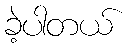
ခဲ့ပါတယ်